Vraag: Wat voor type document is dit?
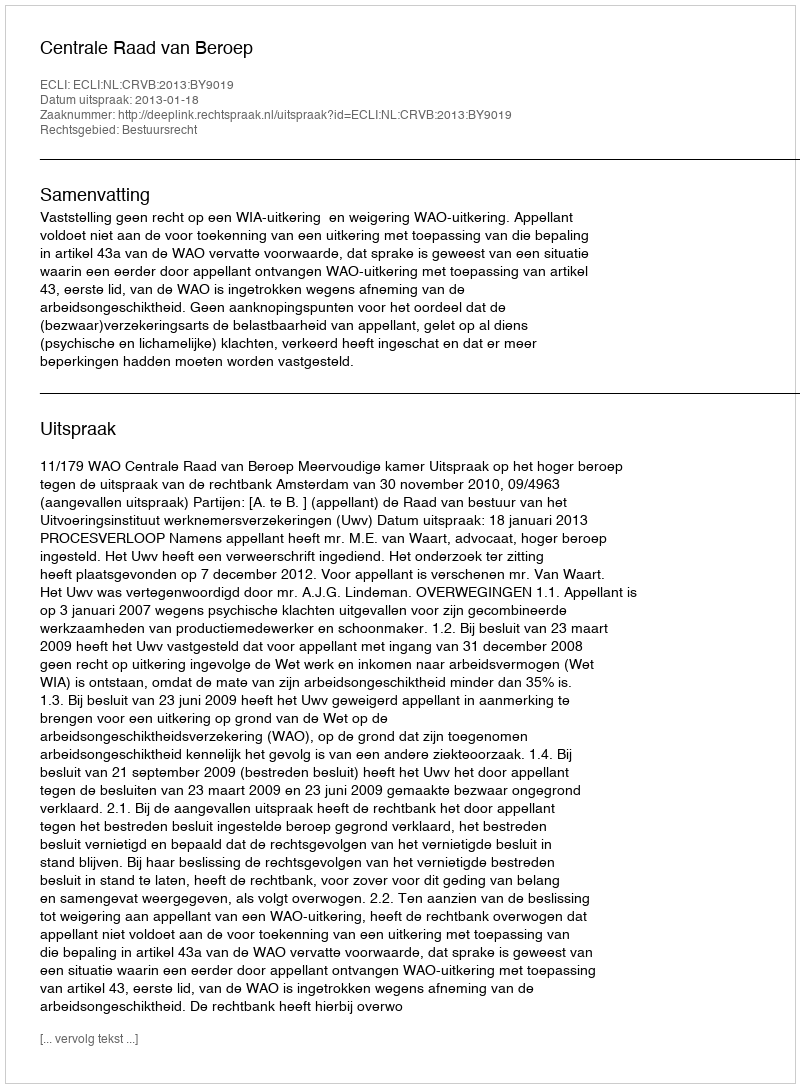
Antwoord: Uitspraak